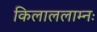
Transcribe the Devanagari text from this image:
किलाललाम्नः